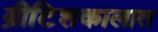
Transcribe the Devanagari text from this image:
ब्रीटिशकालात